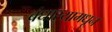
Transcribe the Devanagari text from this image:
बंधार्‍यामधून